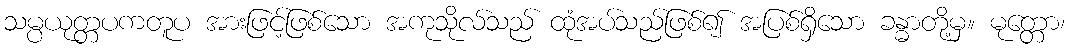
သမ္ပယုတ္တပကတူပ အားဖြင့်ဖြစ်သော အကုသိုလ်သည် ထုံအပ်သည်ဖြစ်၍ အပြစ်ရှိသော ခန္ဓာတို့မှ။ မုတ္တော၊